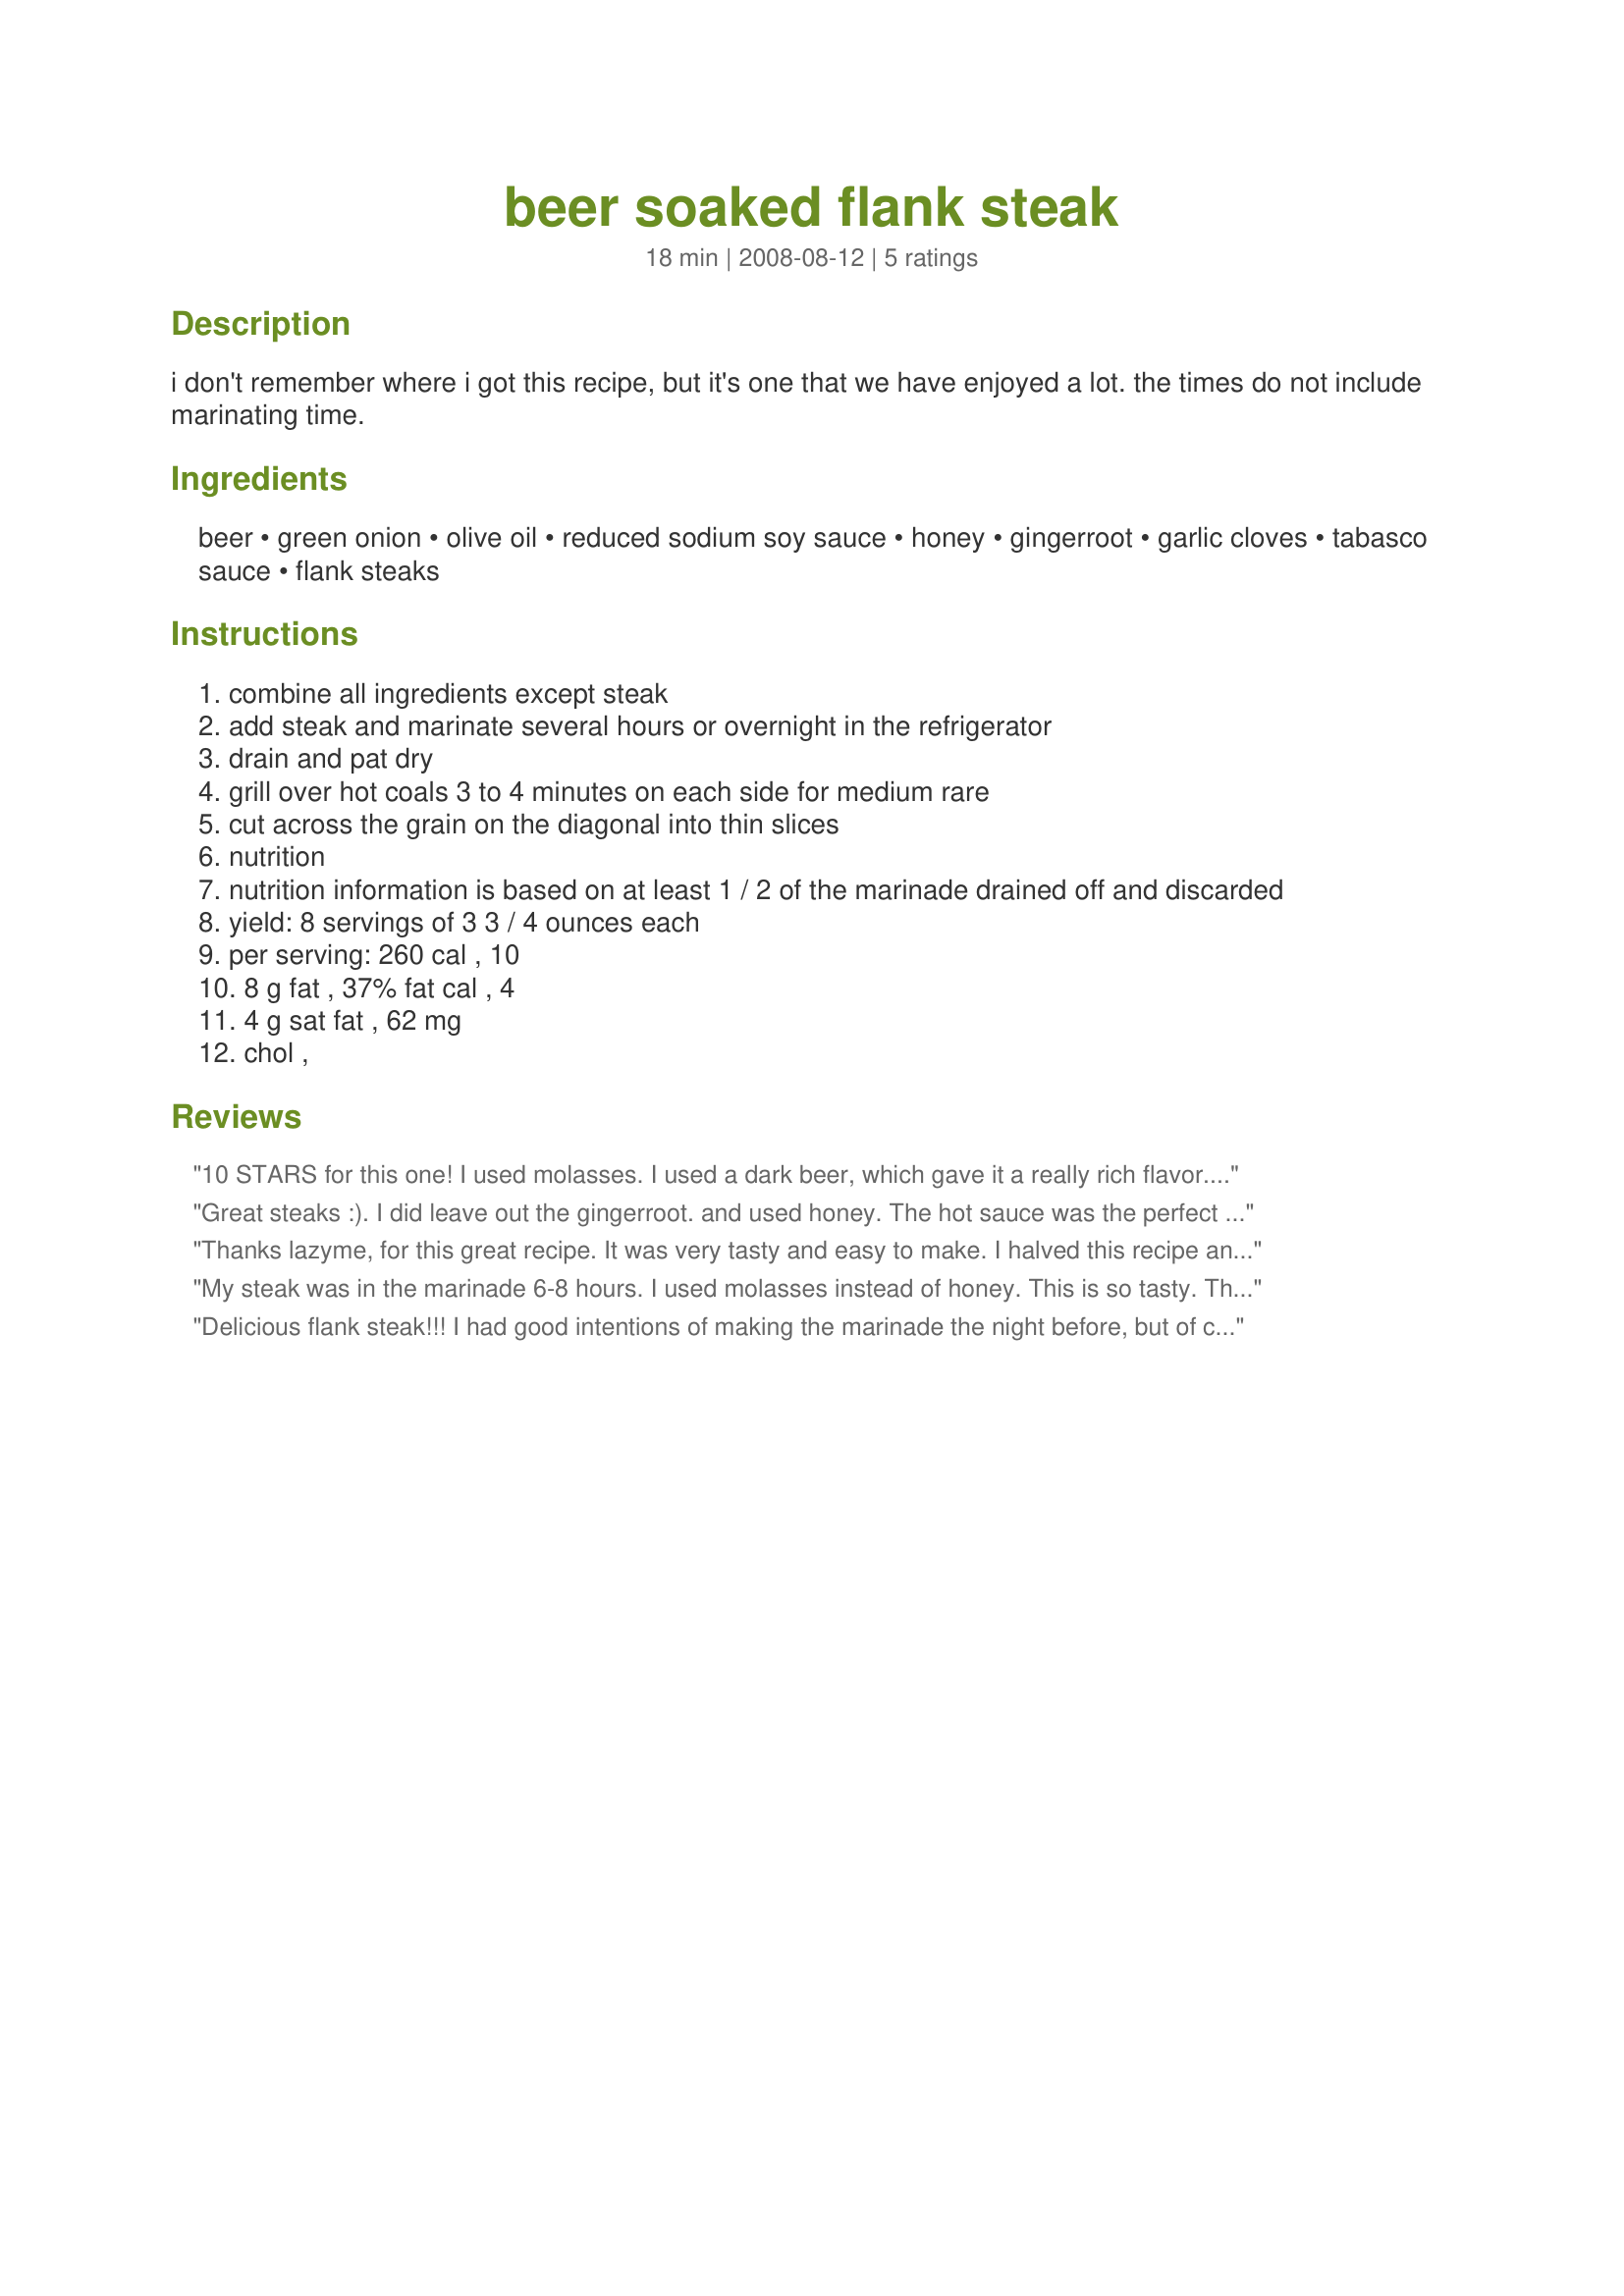
beer soaked flank steak
Preparation time: 18 minutes

i don't remember where i got this recipe, but it's one that we have enjoyed a lot. the times do not include marinating time.

Ingredients:
beer, green onion, olive oil, reduced sodium soy sauce, honey, gingerroot, garlic cloves, tabasco sauce, flank steaks

Steps:
combine all ingredients except steak
add steak and marinate several hours or overnight in the refrigerator
drain and pat dry
grill over hot coals 3 to 4 minutes on each side for medium rare
cut across the grain on the diagonal into thin slices
nutrition
nutrition information is based on at least 1 / 2 of the marinade drained off and discarded
yield: 8 servings of 3 3 / 4 ounces each
per serving: 260 cal , 10
8 g fat , 37% fat cal , 4
4 g sat fat , 62 mg
chol ,

Reviews:
10 STARS for this one! I used molasses. I used a dark beer, which gave it a really rich flavor. We have a lot of flank steak during grilling season, and will be using this one often. Thanks for this keeper, Vicki!
Great steaks :). I did leave out the gingerroot. and used honey. The hot sauce was the perfect amount. Real nice flavor. Nice to grill in decent weather again too. Made this with your recipe#177196.
Thanks lazyme, for this great recipe. It was very tasty and easy to make. I halved this recipe and it was just right for the 4 of us. Shockingly, I didn't substitute anything! Big Rock Traditional Ale was the beer of choice and I marinated it overnight. I really like flank steak - the trick to it is how you slice it, so make sure you follow step 5! Made for my fellow Kitchen Witch for ZWT5. Thanks! :)
My steak was in the marinade 6-8 hours. I used molasses instead of honey. This is so tasty. Thanks Lazyme :) Made for Market tag
Delicious flank steak!!! I had good intentions of making the marinade the night before, but of course, that didn't happen, so made it first thing in the morning. I made as written but had to sub red onion in place of the green onion, but worked out great with nice onion flavor. Served it with some home-made rolls, green beans and potatoes. Thanks for a great flank steak recipe, Lazyme!!! Made in honor of your win in the football pool!!!
